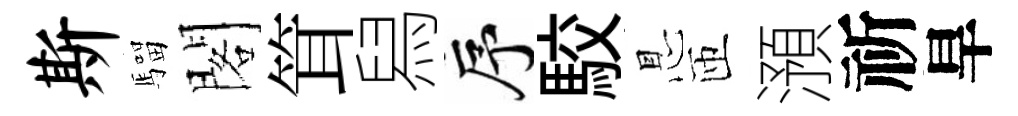
斯騮閣䇯舄序駮㤙匝澦祈旱